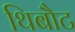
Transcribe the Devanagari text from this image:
थिबौट